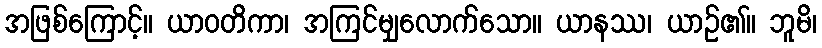
အဖြစ်ကြောင့်။ ယာဝတိကာ၊ အကြင်မျှလောက်သော။ ယာနဿ၊ ယာဉ်၏။ ဘူမိ၊